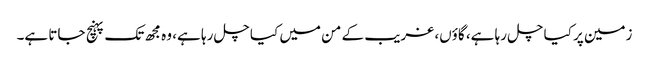
زمین پر کیا چل رہا ہے، گاؤں، غریب کے من میں کیا چل رہا ہے، وہ مجھ تک پہنچ جاتا ہے۔